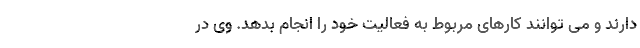
دارند و می توانند کارهای مربوط به فعالیت خود را انجام بدهد. وی در